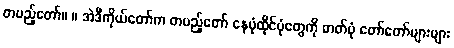
တပည့်တော်။ ။ အဲဒီကိုယ်တော်က တပည့်တော် နေပုံထိုင်ပုံတွေကို ဓာတ်ပုံ တော်တော်များများ